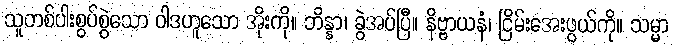
သူတစ်ပါးစွပ်စွဲသော ဝါဒဟူသော အိုးကို။ ဘိန္နာ၊ ခွဲအပ်ပြီ။ နိဗ္ဗာယနံ၊ ငြိမ်းအေးဖွယ်ကို။ သမ္မာ